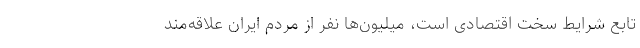
تابع شرایط سخت اقتصادی است، میلیون‌ها نفر از مردم ایران علاقه‌مند